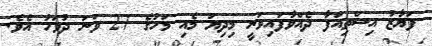
ފަޔާޒު އިސްތިއުފާ ދެއްވާފައިވަނީ މިދިޔަ މެއި މަހުގެ 27 ވަނަ ދުވަހު އެވެ.